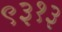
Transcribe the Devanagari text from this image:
९३१३